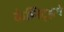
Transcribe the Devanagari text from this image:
केम्निट्झचे